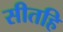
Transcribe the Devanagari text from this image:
सीतहि